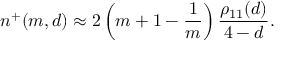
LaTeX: n ^ { + } ( m , d ) \approx 2 \left( m + 1 - { \frac { 1 } { m } } \right) { \frac { \rho _ { 1 1 } ( d ) } { 4 - d } } .